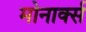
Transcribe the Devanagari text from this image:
मोनार्क्स